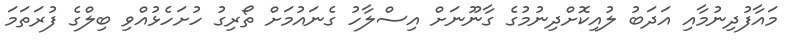
މައާފުދިނުމާއި އަދަބު ލުއިކޮށްދިނުމުގެ ގާނޫނަށް އިސްލާހު ގެނައުމަށް ތޯރިގު ހުށަހެޅުއްވި ބިލްގެ ފުރަތަމަ